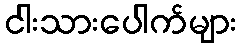
ငါးသားပေါက်များ